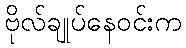
ဗိုလ်ချုပ်နေဝင်းက